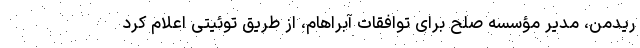
ریدمن، مدیر مؤسسه صلح برای توافقات آبراهام، از طریق توئیتی اعلام کرد